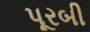
પૂરબી